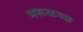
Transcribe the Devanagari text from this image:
भरूकच्छ